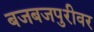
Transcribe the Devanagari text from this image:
बजबजपुरीवर